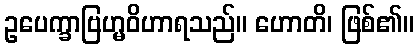
ဥပေက္ခာဗြဟ္မဝိဟာရသည်။ ဟောတိ၊ ဖြစ်၏။